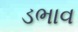
ડભાવ